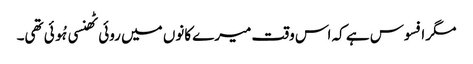
مگر افسوس ہے کہ اس وقت میرے کانوں میں روئی ٹھنسی ہُوئی تھی۔